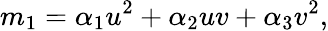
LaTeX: m_{1}=\alpha_{1}u^{2}+\alpha_{2}uv+\alpha_{3}v^{2},